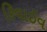
રિવાઈવ